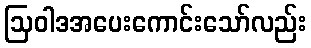
ဩဝါဒအပေးကောင်းသော်လည်း